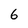
Character: 6